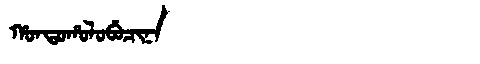
Manchu: ᡥᠣᠨᡨᠣᡥᠣᠯᠣᠪᡠᠴᡳᠨᠠ
Romanization: HONTOHOLOBUCINA